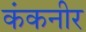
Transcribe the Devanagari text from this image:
कंकनीर